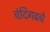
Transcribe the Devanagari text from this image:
चंदिगढचे